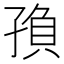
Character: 𡥼